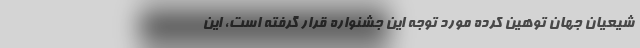
شيعيان جهان توهين كرده مورد توجه اين جشنواره قرار گرفته است، اين